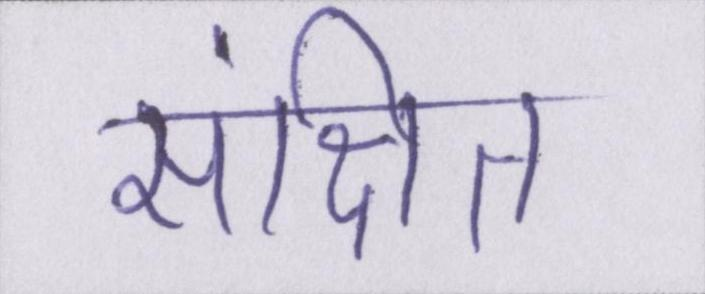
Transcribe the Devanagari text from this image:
संक्षित